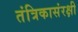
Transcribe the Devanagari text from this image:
तंत्रिकासंरक्षी